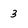
Character: 3